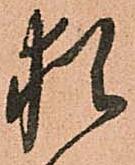
猶